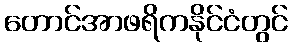
တောင်အာဖရိကနိုင်ငံတွင်